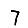
Digit: 7